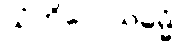
သံကိလေသဓမ္မံ